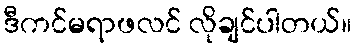
ဒီကင်မရာဖလင် လိုချင်ပါတယ်။